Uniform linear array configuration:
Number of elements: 16
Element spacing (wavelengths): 0.25
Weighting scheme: kaiser
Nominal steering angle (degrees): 15
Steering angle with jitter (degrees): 15.037
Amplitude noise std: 0.05
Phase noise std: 0.05

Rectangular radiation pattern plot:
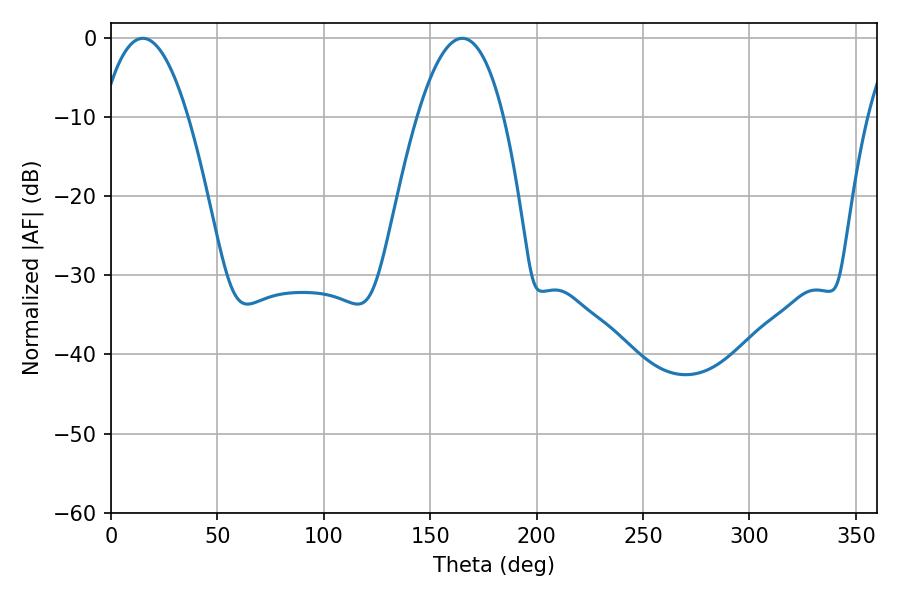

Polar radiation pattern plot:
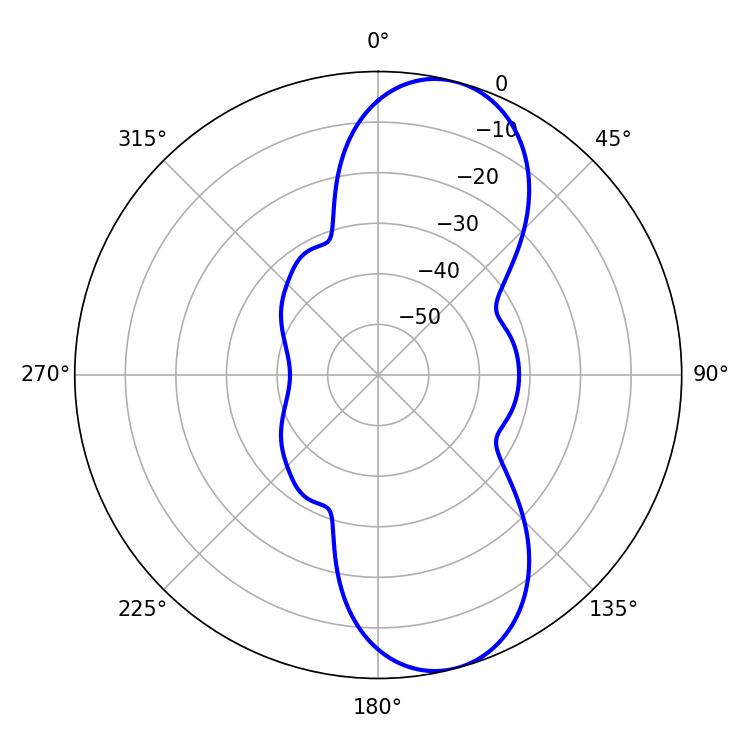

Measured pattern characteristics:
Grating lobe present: FALSE
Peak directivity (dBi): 9.561
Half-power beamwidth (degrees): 22.5
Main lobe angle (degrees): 14.94